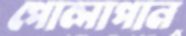
পোলাপান